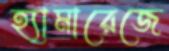
হ্যামারেজে